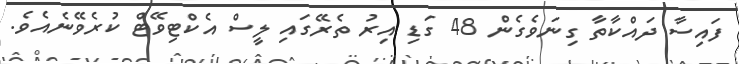
ފައިސާ ދައްކާތާ ގިނަވެގެން 48 ގަޑި އިރު ތެރޭގައި ލީސް އެކްޓިވޭޓް ކުރެވޭނެއެވެ.